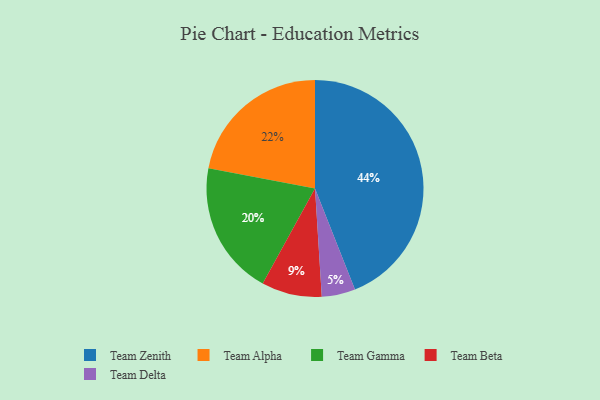
{"axis": {"x": "Category", "y": "Percentage"}, "legend": ["Team Alpha", "Team Beta", "Team Delta", "Team Gamma", "Team Zenith"], "data": [{"x": "Team Delta", "y": 5, "type": "Team Delta"}, {"x": "Team Gamma", "y": 20, "type": "Team Gamma"}, {"x": "Team Zenith", "y": 44, "type": "Team Zenith"}, {"x": "Team Beta", "y": 9, "type": "Team Beta"}, {"x": "Team Alpha", "y": 22, "type": "Team Alpha"}]}